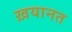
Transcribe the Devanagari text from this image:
ख़यानत